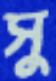
সু